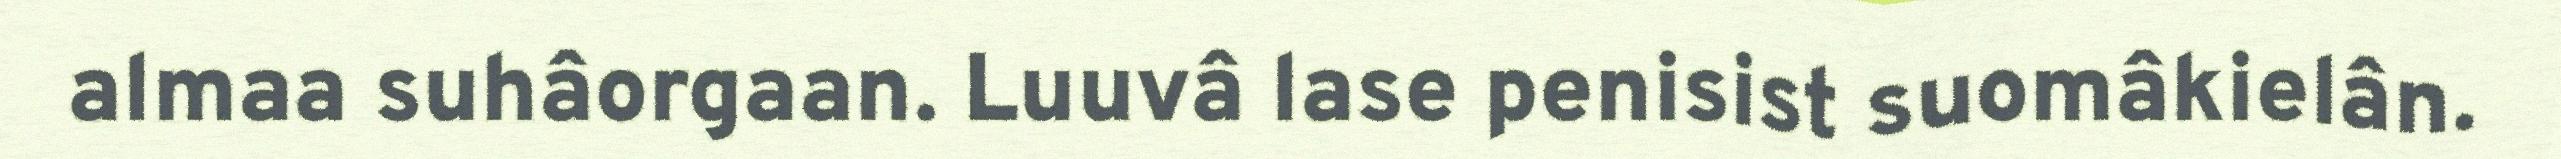
almaa suhâorgaan. Luuvâ lase penisist suomâkielân.